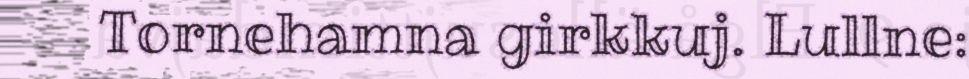
Tornehamna girkkuj. Lullne: